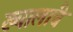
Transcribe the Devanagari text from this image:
ख्यालांचे